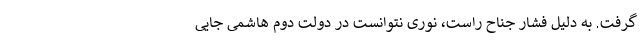
گرفت. به دلیل فشار جناح راست، نوری نتوانست در دولت دوم هاشمی جایی